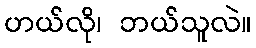
ဟယ်လို၊ ဘယ်သူလဲ။